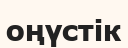
оңүстік